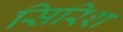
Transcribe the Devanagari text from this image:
सिरिश